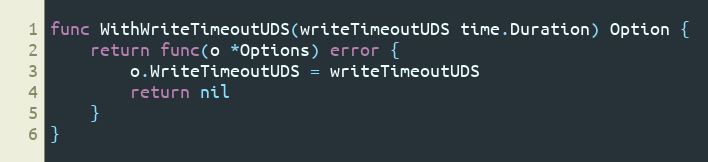
Language: Go
func WithWriteTimeoutUDS(writeTimeoutUDS time.Duration) Option {
	return func(o *Options) error {
		o.WriteTimeoutUDS = writeTimeoutUDS
		return nil
	}
}